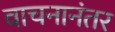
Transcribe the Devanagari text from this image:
वाचनानंतर